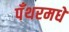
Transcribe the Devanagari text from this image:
पँथरमधे